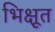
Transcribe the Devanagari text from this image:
भिक्षूत